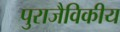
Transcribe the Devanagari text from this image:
पुराजैविकीय